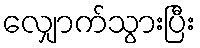
လျှောက်သွားပြီး